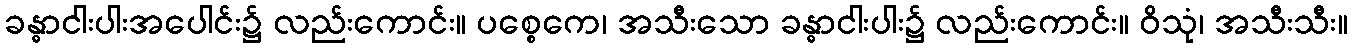
ခန္ဓာငါးပါးအပေါင်း၌ လည်းကောင်း။ ပစ္စေကေ၊ အသီးသော ခန္ဓာငါးပါး၌ လည်းကောင်း။ ဝိသုံ၊ အသီးသီး။